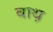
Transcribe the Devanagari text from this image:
बाथ़